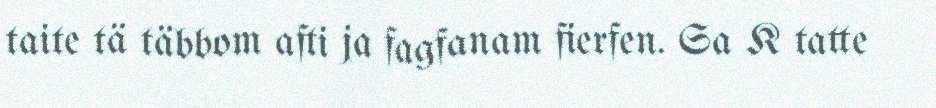
taite tä täbbom afti ja fagfanam fierfen. Sa K tatte